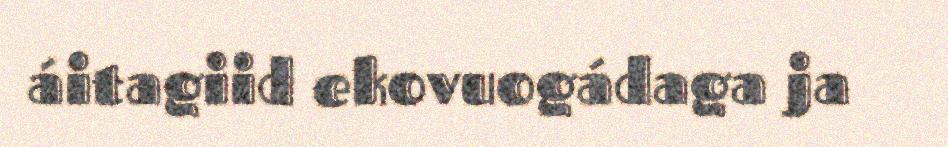
áitagiid ekovuogádaga ja